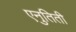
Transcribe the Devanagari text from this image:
एनुतिती